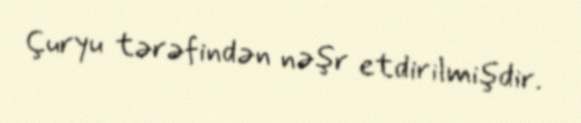
Çuryu tərəfindən nəşr etdirilmişdir.